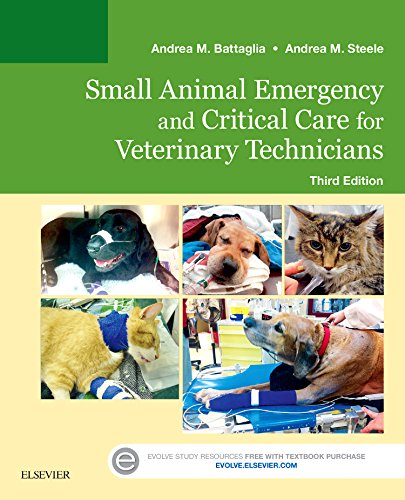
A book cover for Small Animal Emergency and Critical Care for Veterinary Technicians, 3e; Andrea M. Battaglia LVT; Medical Books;